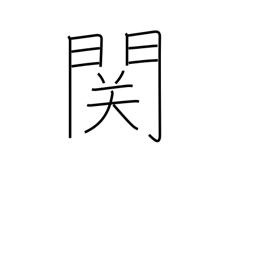
Meaning: barrier